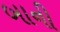
બાની